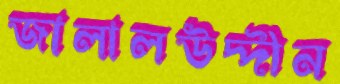
জালালউদ্দীন